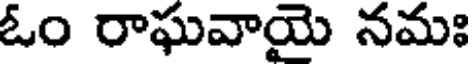
ఓం రాఘవాయై నమః